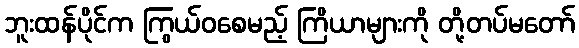
ဘူးထန်ပိုင်က ကြွယ်ဝစေမည့် ကြိယာများကို တို့တပ်မတော်